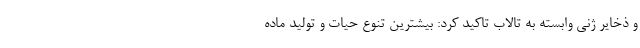
و ذخایر ژنی وابسته به تالاب تاکید کرد: بیشترین تنوع حیات و تولید ماده